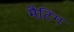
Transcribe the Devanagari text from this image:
मैटिंग